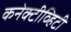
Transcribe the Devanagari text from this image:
कनेक्टीव्हिटी